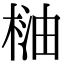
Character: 𣓐